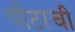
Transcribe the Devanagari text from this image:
पीटरची